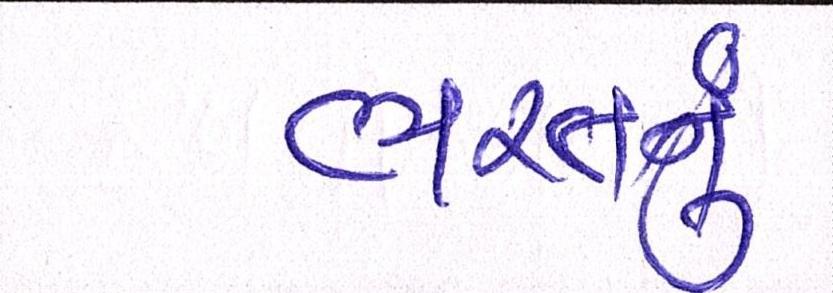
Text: ભરતનું